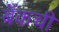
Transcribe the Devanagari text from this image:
बँकची